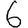
Digit: 6